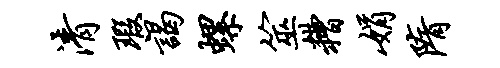
清瑕谒螺筮糟娟隋